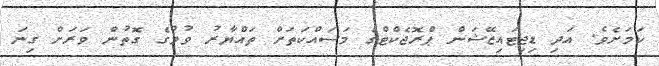
ކަމަށެވެ. އަދި ޑިޖިޓައިޒޭޝަން ޕްރޮޖެކްޓްގެ މަސައްކަތަށް ތައްޔާރު ވުމުގެ ގޮތުން ވަރަށް ގިނަ